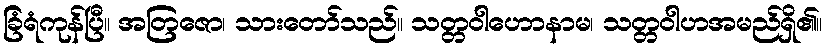
ခြံရံကုန်ပြီ။ အတြဇော၊ သားတော်သည်။ သတ္တဝါဟောနာမ၊ သတ္တဝါဟအမည်ရှိ၏။